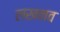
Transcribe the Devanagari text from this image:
लखनव